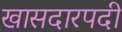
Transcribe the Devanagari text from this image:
खासदारपदी